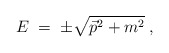
\begin{align*}E \;=\; \pm \sqrt{ \vec{p}^2 + m^2 }\;, \end{align*}